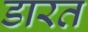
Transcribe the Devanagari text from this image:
डारत